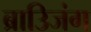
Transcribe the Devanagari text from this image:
ब्राउिजंग